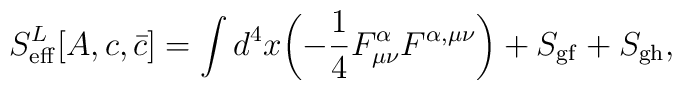
S^L_{\rm eff}[A, c, {\bar c}]=\int d^4x\biggl(-{1\over 4} F^\alpha_{\mu\nu}F^{\alpha, \mu\nu}\biggr)+S_{\rm gf}+S_{\rm gh},